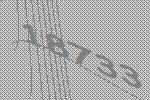
18733